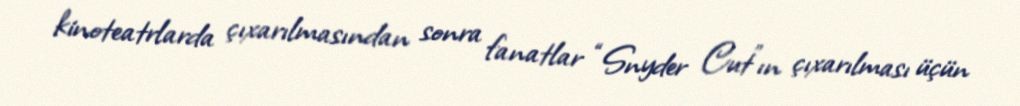
kinoteatrlarda çıxarılmasından sonra fanatlar “Snyder Cut”ın çıxarılması üçün